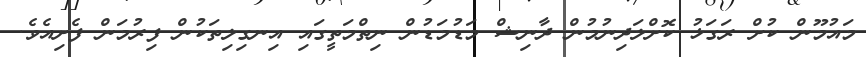
މައުމޫން ކުށް ރަގަޅު ކޮށްލަދިނުމުން ދާނިޝް މަޑުމަޑުން ނިތްމަތީގައި އިނގިލިތަކުން ފިރުމަން ފެށިއެވެ.